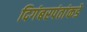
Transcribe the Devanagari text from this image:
दिगंबरपंतांकडे